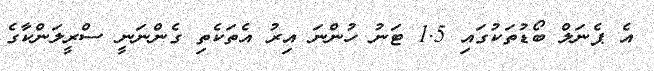
އެ ޕެނަލް ބޯޑުތަކުގައި 1.5 ޓަނު ހުންނަ އިރު އެތަކެތި ގެންނަނީ ސްރީލަންކާގެ